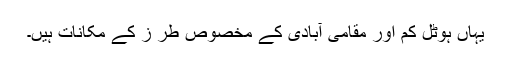
یہاں ہوٹل کم اور مقامی آبادی کے مخصوص طر ز کے مکانات ہیں۔